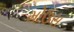
મોઉસ